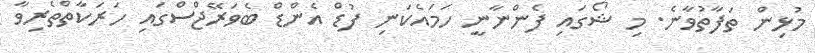
މުޅިން ތަފާތުވާނެ. މި ޝޯގައި ފެންނާނީ ހަމައެކަނި ފުޑް އެންޑް ބެވަރޭޖްސްގައި ހަރަކާތްތެރިވާ